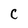
Character: C